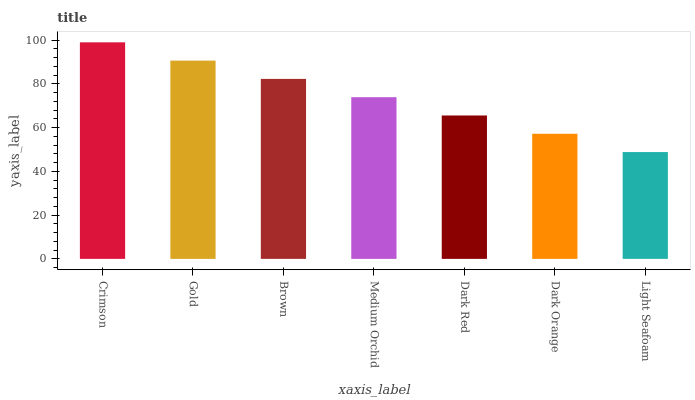
| xaxis_label | bars |
 | --- | --- |
 | Crimson | 99 |
 | Gold | 90.6 |
 | Brown | 82.3 |
 | Medium Orchid | 73.9 |
 | Dark Red | 65.6 |
 | Dark Orange | 57.2 |
 | Light Seafoam | 48.8 |